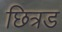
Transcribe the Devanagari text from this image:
छित्रड